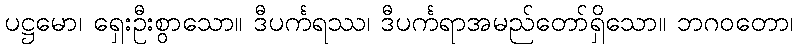
ပဋ္ဌမော၊ ရှေးဦးစွာသော။ ဒီပင်္ကရဿ၊ ဒီပင်္ကရာအမည်တော်ရှိသော။ ဘဂဝတော၊